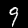
Label: 9